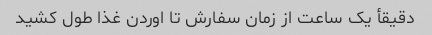
دقیقأ یک ساعت از زمان سفارش تا اوردن غذا طول کشید